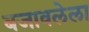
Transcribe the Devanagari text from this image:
बजावलेला